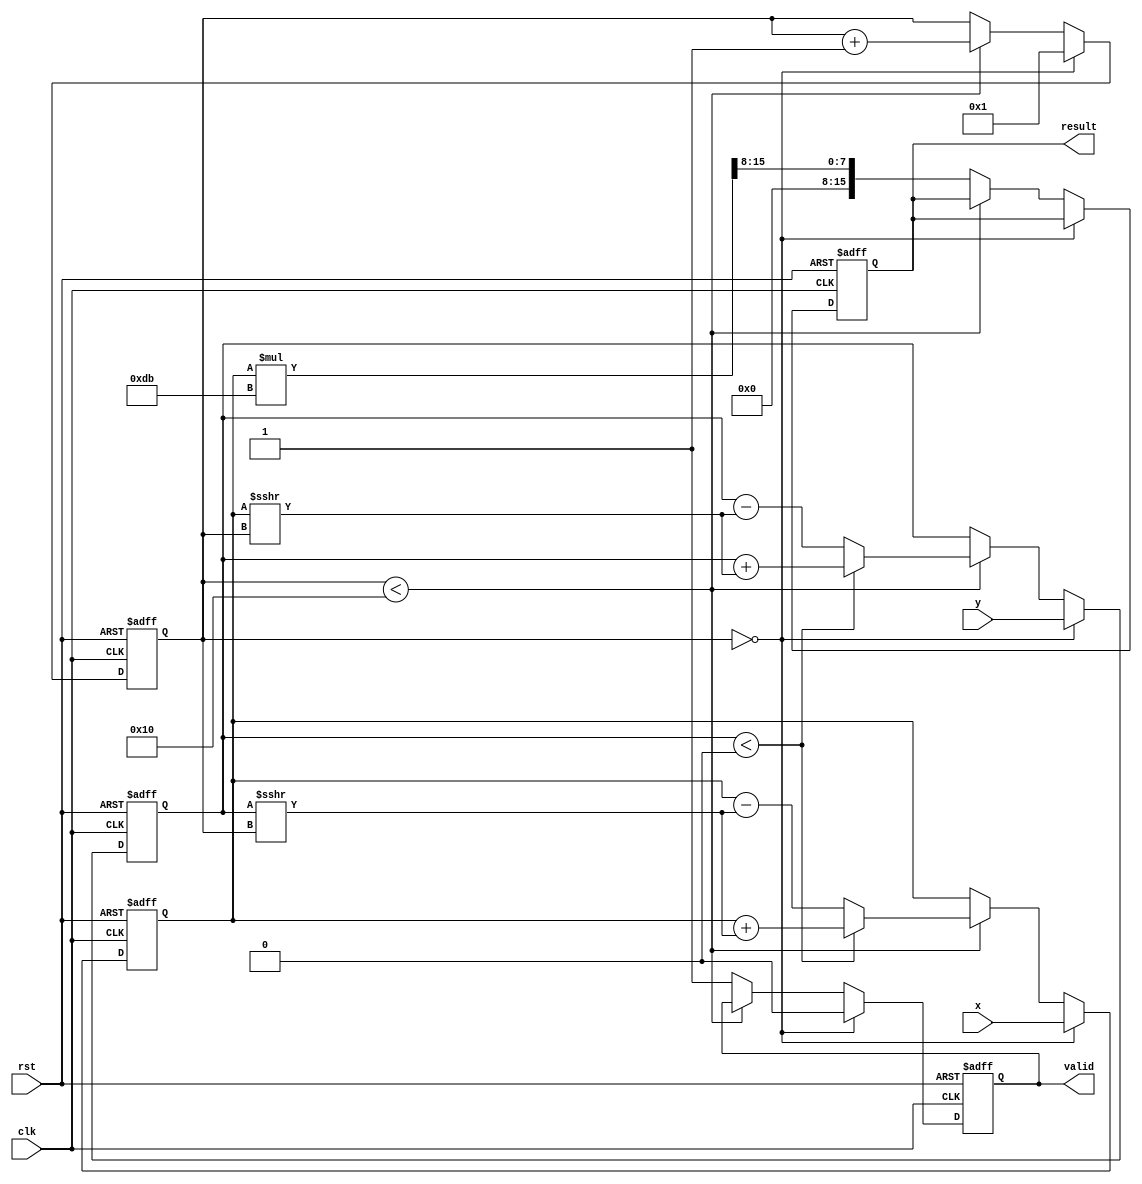
module CORDIC_Polynomial_Evaluator #(
    parameter WIDTH = 16,            // Width of input and output
    parameter COEFFS_WIDTH = WIDTH,  // Width for coefficients
    parameter ITERATIONS = 16         // Number of CORDIC iterations
)(
    input wire clk,
    input wire rst,
    input wire [WIDTH-1:0] x,        // Input x
    input wire [WIDTH-1:0] y,        // Input y
    output reg [WIDTH-1:0] result,   // Polynomial evaluation result
    output reg valid                  // Valid flag for output
);

    // CORDIC constants (arctan(2^-i) values in fixed-point)
    reg [WIDTH-1:0] angle_table[0:ITERATIONS-1];
    initial begin
        // Initialize angle_table with fixed-point values
        angle_table[0] = 16'h2000; // atan(1) = pi/4
        angle_table[1] = 16'h12B0; // atan(0.5)  0.4636
        angle_table[2] = 16'h09FB; // atan(0.25)  0.2449
        // ... Add other angles as needed
        angle_table[ITERATIONS-1] = 16'h0001; // atan(2^-15)
    end

    reg [WIDTH-1:0] x_reg, y_reg; // Registers to hold x and y
    reg [WIDTH-1:0] z_reg;         // Angle accumulator
    reg [4:0] iteration;            // Iteration counter
    reg [WIDTH-1:0] gain;          // Gain compensation

    // Initialize gain value based on iterations.
    initial begin
        gain = 16'hDB; // Example gain value, adjust based on iterations
    end

    // State machine to control operation
    always @(posedge clk or posedge rst) begin
        if (rst) begin
            x_reg <= 0;
            y_reg <= 0;
            z_reg <= 0;
            iteration <= 0;
            valid <= 0;
            result <= 0;
        end else begin
            // Input initialization
            if (iteration == 0) begin
                x_reg <= x;
                y_reg <= y;
                z_reg <= 0; // Starting angle
                iteration <= 1;
                valid <= 0;
            end else if (iteration < ITERATIONS) begin
                // CORDIC Rotation
                if (y_reg < 0) begin
                    x_reg <= x_reg + (y_reg >>> iteration); // x = x + (y * K[i])
                    y_reg <= y_reg + (x_reg >>> iteration); // y = y + (x * K[i])
                    z_reg <= z_reg - angle_table[iteration-1]; // z = z - atan(2^-i)
                end else begin
                    x_reg <= x_reg - (y_reg >>> iteration);
                    y_reg <= y_reg - (x_reg >>> iteration);
                    z_reg <= z_reg + angle_table[iteration-1];
                end
                iteration <= iteration + 1;
            end else begin
                // Output generation
                result <= (x_reg * gain) >>> 8; // Scale the result if needed
                valid <= 1;
            end
        end
    end

endmodule